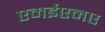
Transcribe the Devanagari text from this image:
एमईएनए